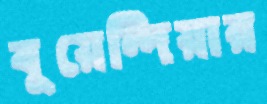
বুয়েন্দিয়ার